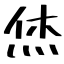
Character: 烋